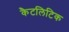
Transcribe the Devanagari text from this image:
कैटलिटिक